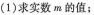
(1)求实数m的值；